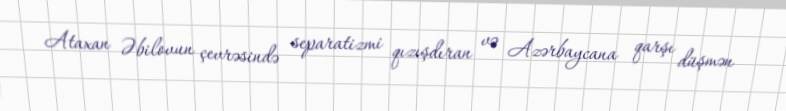
Ataxan Əbilovun çevrəsində separatizmi qızışdıran və Azərbaycana qarşı düşmən